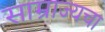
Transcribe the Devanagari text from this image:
साम्राज्यचा